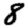
Digit: 8